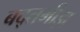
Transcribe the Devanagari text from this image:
बद्तमीझ